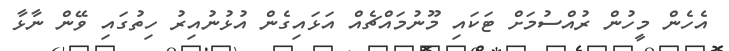
އެހެން މީހުން ރުއްސުމަށް ޓަކައި މޫނުމައްޗެއް އަޅައިގެން އުޅުނުއިރު ހިތުގައި ވޭން ނާޅާ